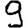
Digit: 9